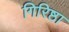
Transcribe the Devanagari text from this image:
गिरिष्ठा